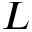
L